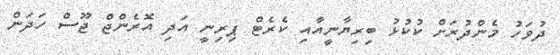
ދުވަހު މެންދުރަށް ކުކުޅު ބިރިޔާނީއާއި ކެރެޓް ޕިރިނީ އަދި އޮރެންޖް ޖޫސް ހަދަން